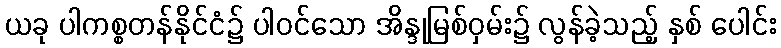
ယခု ပါကစ္စတန်နိုင်ငံ၌ ပါဝင်သော အိန္ဒုမြစ်ဝှမ်း၌ လွန်ခဲ့သည့် နှစ် ပေါင်း